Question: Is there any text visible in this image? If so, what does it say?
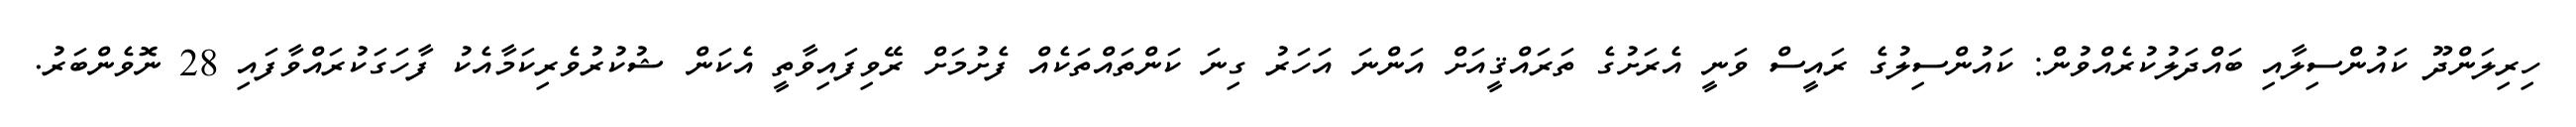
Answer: ހިރިލަންދޫ ކައުންސިލާއި ބައްދަލުކުރެއްވުން: ކައުންސިލުގެ ރައީސް ވަނީ އެރަށުގެ ތަރައްޤީއަށް އަންނަ އަހަރު ގިނަ ކަންތައްތަކެއް ފެށުމަށް ރޭވިފައިވާތީ އެކަން ޝުކުރުވެރިކަމާއެކު ފާހަގަކުރައްވާފައި 28 ނޮވެންބަރު.